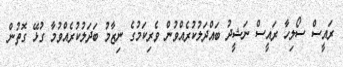
ރައީސް ސޯލިހާ ރައީސް ނަޝީދު ބައްދަލުކުރެއްވުން ވެރިކަމުގެ ނިޒާމު ބަދަލުކުރެއްވުމާ ގުޅޭ ގޮތުން